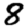
Digit: 8